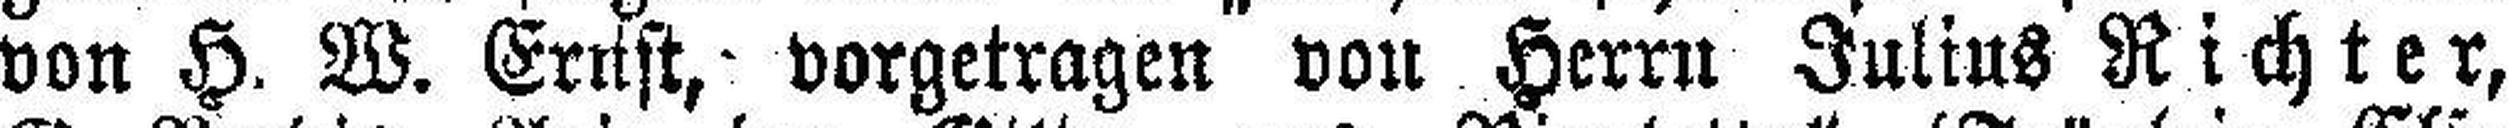
von H. W. Errift,- vorgetragen von Herrn Julius Richter,